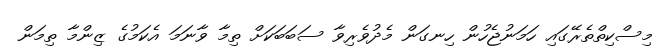
މިސްކިތްތެރޭގައި ހަމަނުޖެހުން ހިނގަން މެދުވެރިވާ ސަބަބަކަށް ތިމާ ވާނަމަ އެކަމުގެ ޒިންމާ ތިމަން